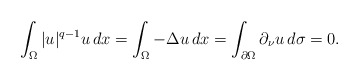
\begin{align*} \int_{\Omega}|u|^{q-1}u\, dx=\int_{\Omega}-\Delta u \, dx= \int_{\partial \Omega}\partial_\nu u\, d\sigma=0.\end{align*}